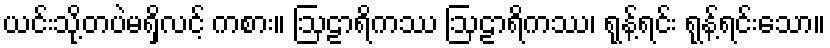
ယင်းသို့တပဲမရှိလင့် ကစား။ ဩဠာရိကဿ ဩဠာရိကဿ၊ ရုန့်ရင်း ရုန့်ရင်းသော။